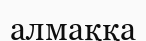
алмаққа